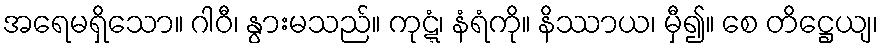
အရေမရှိသော။ ဂါဝီ၊ နွားမသည်။ ကုဋ္ဋံ၊ နံရံကို။ နိဿာယ၊ မှီ၍။ စေ တိဋ္ဌေယျ၊